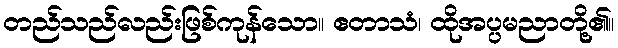
တည်သည်လည်းဖြစ်ကုန်သော။ ဧတာသံ၊ ထိုအပ္ပမညာတို့၏။